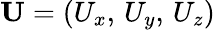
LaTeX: \mathbf{U}=(U_{x},\, U_{y},\, U_{z})